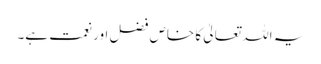
یہ اللہ تعالیٰ کا خاص فضل اور نعمت ہے۔